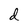
Character: d